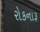
રોકનારૂ